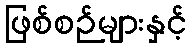
ဖြစ်စဉ်များနှင့်